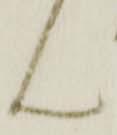
ん